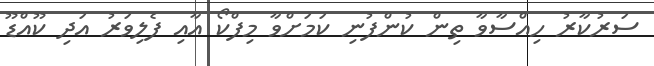
ސަރުކާރު ހިއްސާވާ ތިން ކުންފުނި ކަމަށްވާ މިފްކޯ އާއި ފެލިވަރު އަދި ކޫއްޑޫ